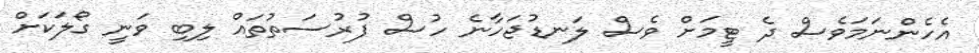
އެހެންނަމަވެސް ދެ ޓީމަށް ވެސް ލަނޑުޖަހާނެ ހުސް ފުރުސަތުތައް ލިބި ވަނީ ގޯލަކަށް